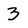
Character: 3